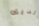
لديك